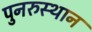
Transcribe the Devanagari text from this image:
पुनरुस्थान